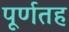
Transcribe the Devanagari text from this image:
पूर्णतह